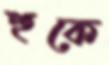
হুকে